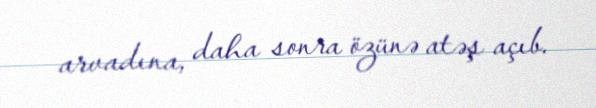
arvadına, daha sonra özünə atəş açıb.